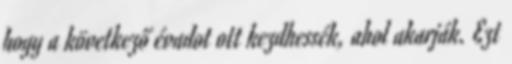
hogy a következő évadot ott kezdhessék, ahol akarják. Ezt